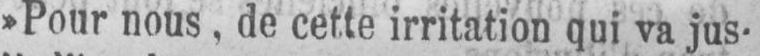
»Pour nous, de cette irritation qui va jus-